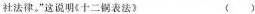
社法律。”这说明《十二铜表法》 ( )